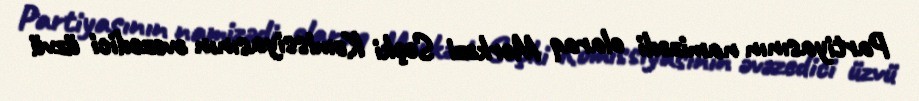
Partiyasının namizədi olaraq Mərkəzi Seçki Komissiyasının əvəzedici üzvü